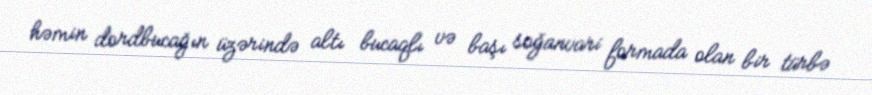
həmin dordbucağın üzərində altı bucaqlı və başı soğanvari formada olan bir türbə